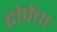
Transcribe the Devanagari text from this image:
टोपेंचा